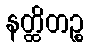
နတ္ထိတဉ္စ